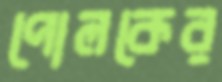
পোলকের